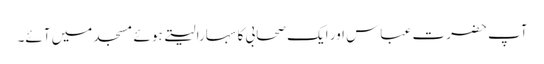
آپ حضرت عباس اور ایک صحابی کا سہارا لیتے ہوئے مسجد میں آئے۔